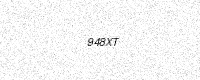
Text: 948XT